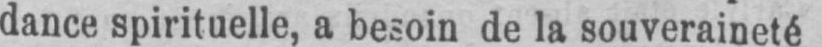
dance spirituelle, a besoin de la souveraineté